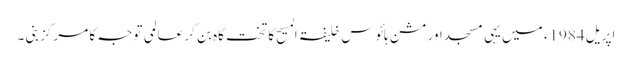
اپریل 1984ء میں یہی مسجد اور مشن ہائوس خلیفۃ المسیح کا تخت گاہ بن کر عالمی توجہ کا مرکز بنی ۔